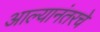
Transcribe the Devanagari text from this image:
आल्यानंतरचे